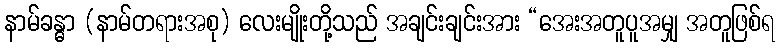
နာမ်ခန္ဓာ (နာမ်တရားအစု) လေးမျိုးတို့သည် အချင်းချင်းအား “အေးအတူပူအမျှ အတူဖြစ်ရ